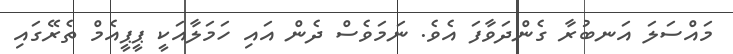
މައްސަލަ އަނބުރާ ގެންދަވާފަ އެވެ. ނަމަވެސް ދެން އައި ހަމަލާއަކީ ޕީޕީއެމް ތެރޭގައި